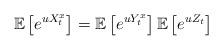
LaTeX: \begin{align*}\mathbb{E}\left[e^{uX_{t}^{x}}\right]=\mathbb{E}\left[e^{uY_{t}^{x}}\right]\mathbb{E}\left[e^{uZ_{t}}\right]\end{align*}